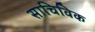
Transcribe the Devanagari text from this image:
साचिविक